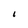
Character: 1